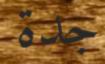
جدة